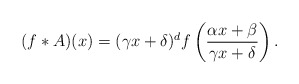
\begin{align*} (f*A)(x) = (\gamma x + \delta)^d f\left( \frac{\alpha x+ \beta}{\gamma x + \delta}\right). \end{align*}